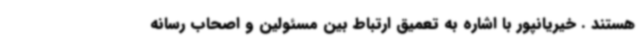
هستند . خیریانپور با اشاره به تعمیق ارتباط بین مسئولین و اصحاب رسانه